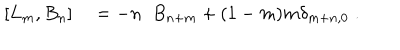
[ L _ { m } , B _ { n } ] \quad = - n \; \; B _ { n + m } + ( 1 - m ) m \delta _ { m + n , 0 } \; .